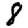
Digit: 8